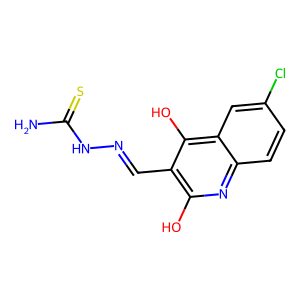
SMILES: NC(=S)NN=Cc1c(O)nc2ccc(Cl)cc2c1O
Inhibits HIV replication: No